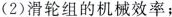
(2)滑轮组的机械效率；